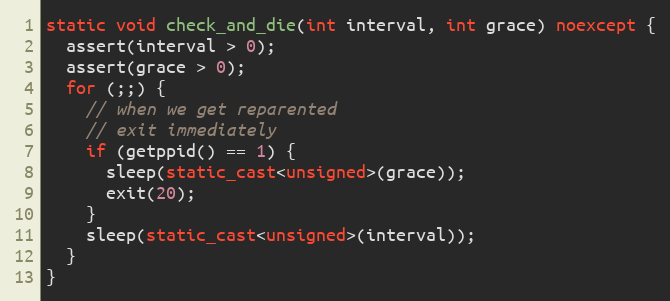
Language: C++
static void check_and_die(int interval, int grace) noexcept {
  assert(interval > 0);
  assert(grace > 0);
  for (;;) {
    // when we get reparented
    // exit immediately
    if (getppid() == 1) {
      sleep(static_cast<unsigned>(grace));
      exit(20);
    }
    sleep(static_cast<unsigned>(interval));
  }
}